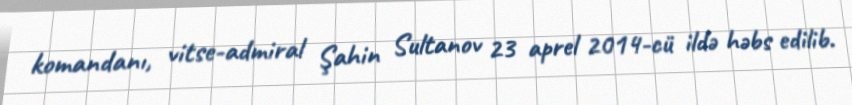
komandanı, vitse-admiral Şahin Sultanov 23 aprel 2014-cü ildə həbs edilib.